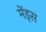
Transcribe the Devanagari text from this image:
मेंड्स